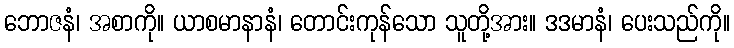
ဘောဇနံ၊ အစာကို။ ယာစမာနာနံ၊ တောင်းကုန်သော သူတို့အား။ ဒဒမာနံ၊ ပေးသည်ကို။